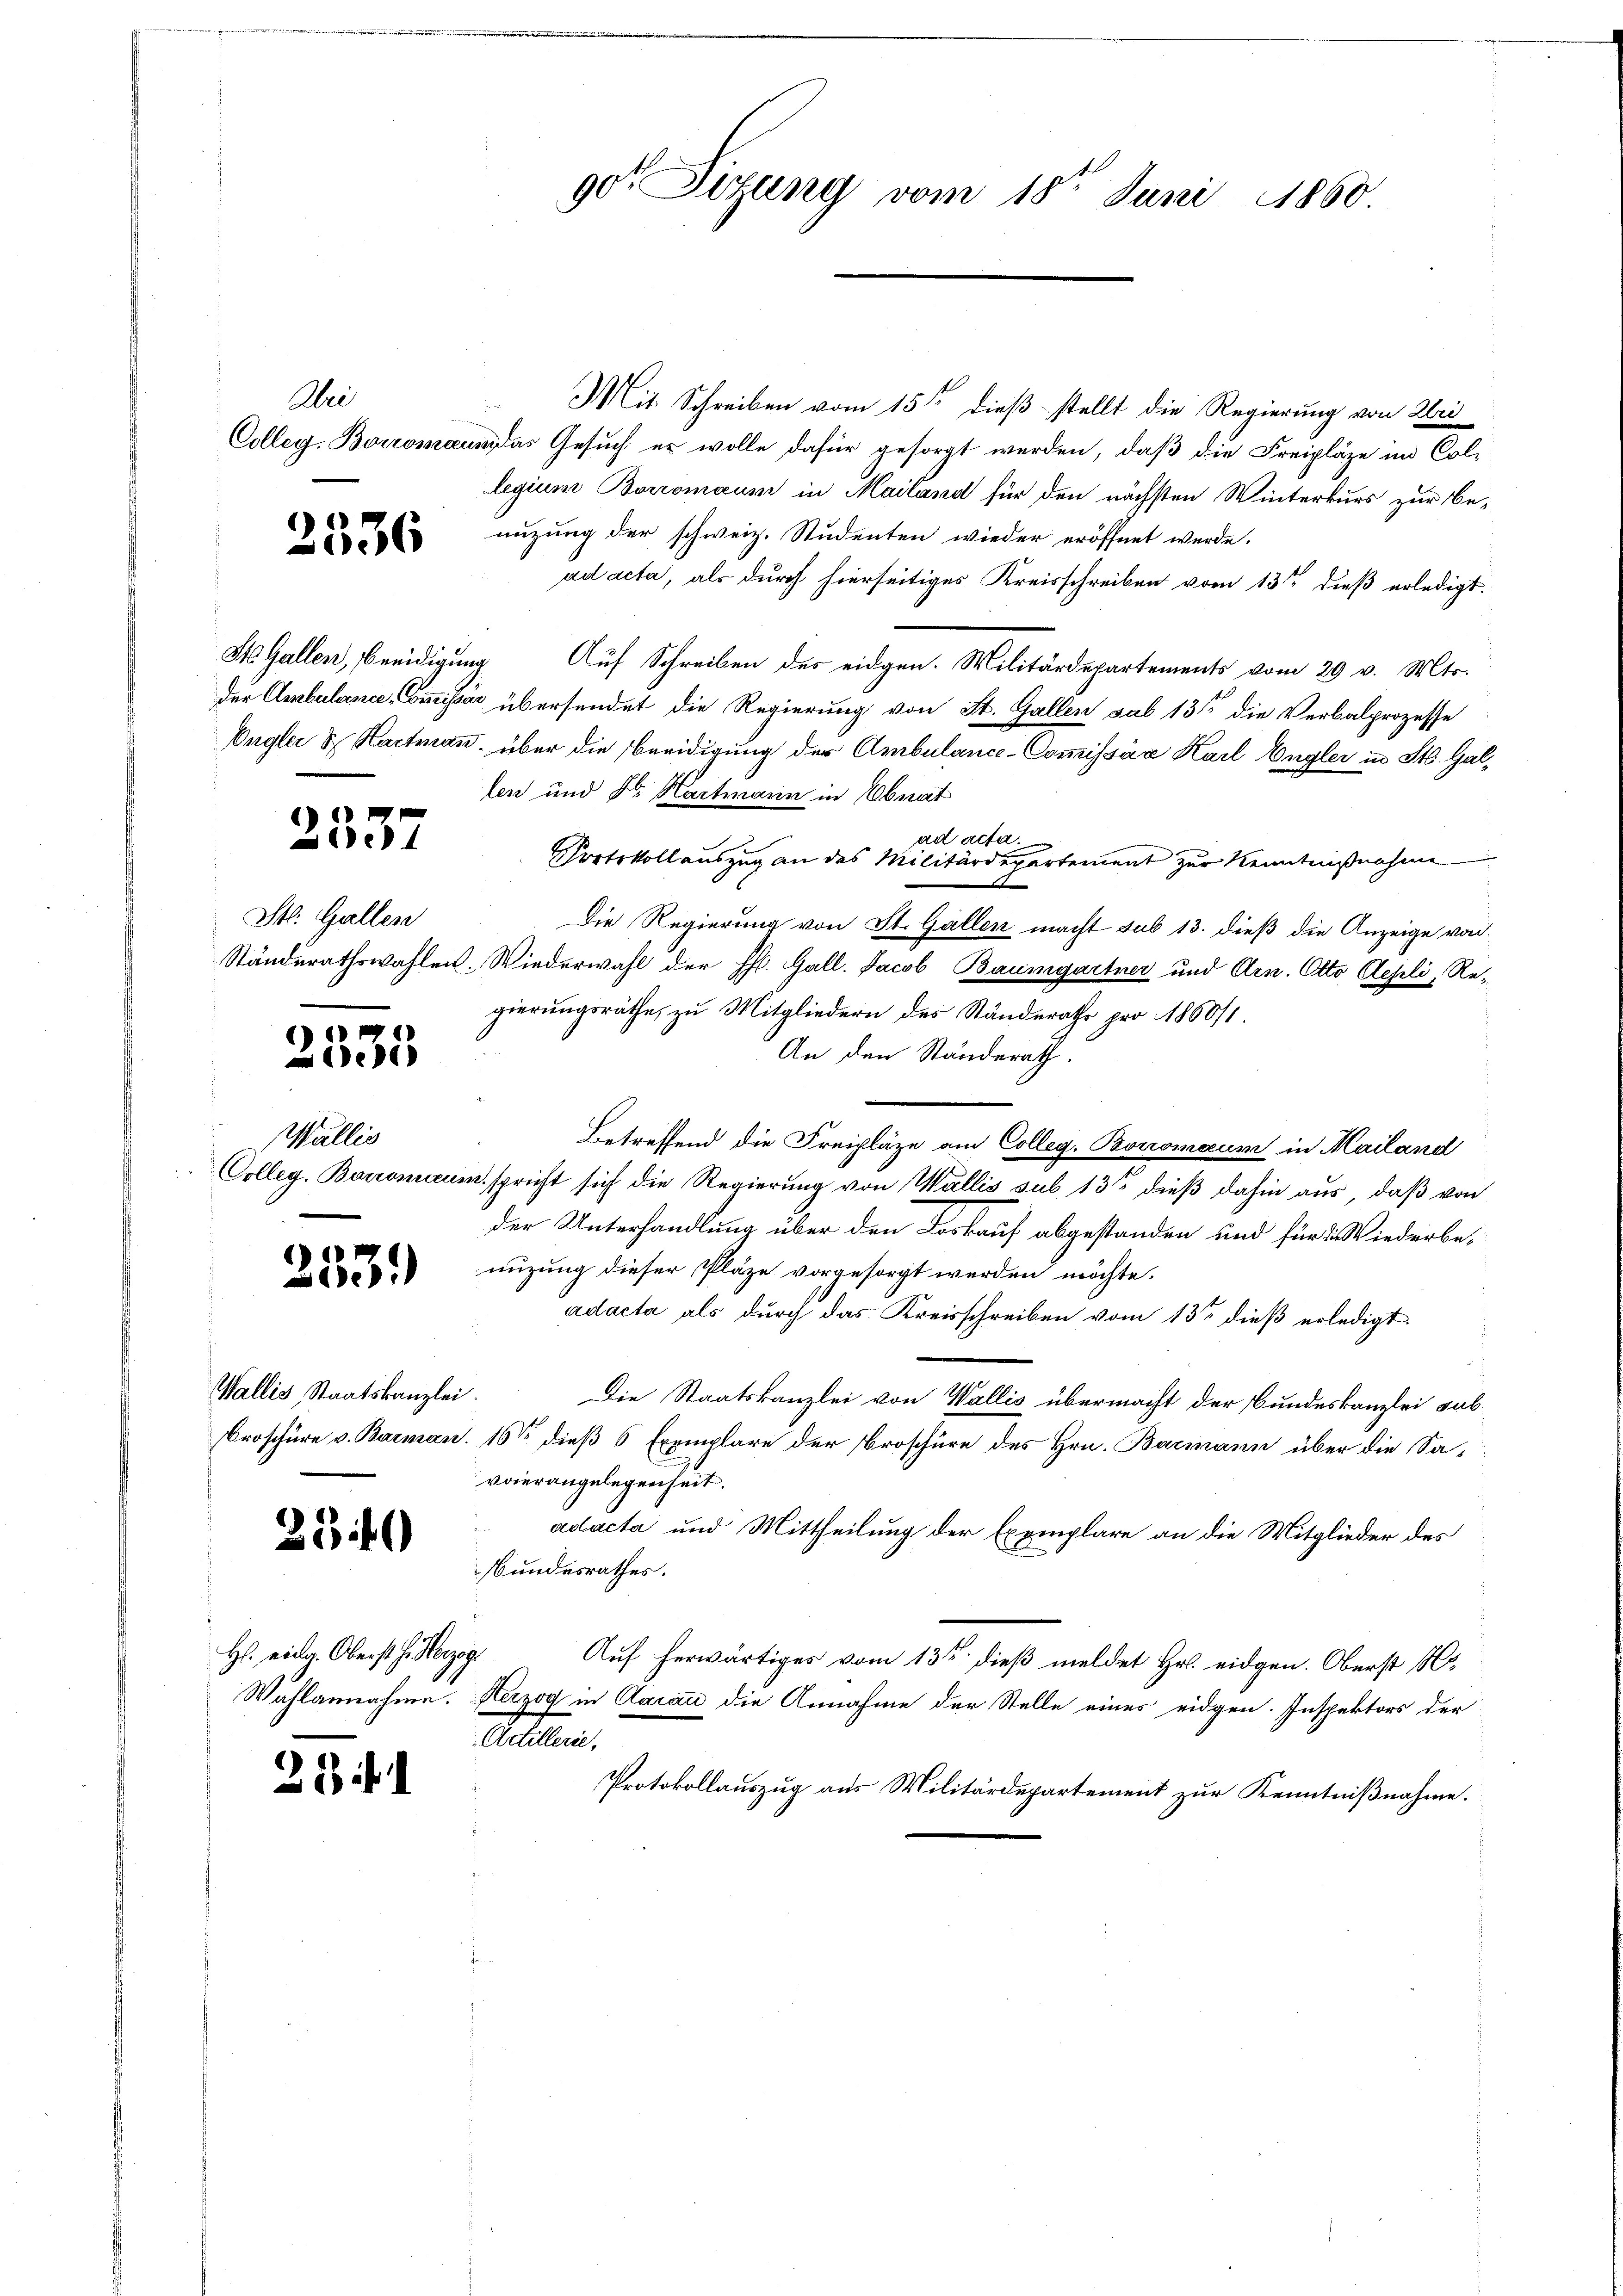
Wei

2536

2357

St. Gallen

2005

Wallis

1

Wallis, Staatskanzlei.

23)

H. eidg. Oberst H. Herzog

23 f.

Mit Schreiben vom 15ten dieß stellt die Regierung von Wei
Colleg. Borromann das Gesuch er wolle dafür gesorgt werden, daß die Freipläze im Collegium Borromaum in Mailand für den nächsten Winterkurs zur Benuzung der schweiz. Studenten wieder eröffnet werde.
ad acta, als durch hierseitiges Kreisschreiben vom 13ten dieß erledigt.
St. Gallen, Beeidigung Auf Schreiben der eidgen. Militärdepartements vom 29. v. Mts.
der Ambulance-Commissar übersendet die Regierung von St. Gallen sub 131 die Verbalprozesse
Engler & Hartman, über die Beeidigung der Ambulance-Commissär Karl Engler in St. Gallen und Dr. Hartmann in Ebnat
ad acta.
Protokollauszug an das Militärdepartement zur Kenntnißnahme
Die Regierung von St. Gallen macht sub 13. dieß die Anzeige von
Ständerathswahlen. Wiederwahl der Hs. Gall. Jacob Baumgartner und Arn. Otto Aesli, Regierungsräthe, zu Mitgliedern des Ständerathe pro 1850/1.
An den Ständerath.
Betreffend die Freipläze am Colleg. Boromaur in Mailand
Colleg. Barromaum, spricht sich die Regierung von Wallis sub 13t dieß dahin aus, daß von
der Unterhandlung über den Loskauf abgestanden und für 2. Wiederbe¬
 nüzung dieser Pläze vorgesorgt werden möchte.
adacta als durch das Kreisschreiben vom 13ten dieß erledigt.
Die Staatskanzlei von Wallis übermacht der Bundeskanzlei sub
Broschüre v. Barman. 16ten dieß 5 Exemplare der Broschüre des Hrn. Barmann über die Savierangelegenheit.
adacta und Mittheilung der Exemplare an die Mitglieder des
Bundesrathes.
Auf herwärtiges vom 13ten dieß meldet Hr. eidgen. Oberst Hr
Wahlannahme. Herzog in Aarau die Annahme der Stelle eines eidgen. Inspektors der
Achillerie,
Protokollauszug aus Militärdepartement zur Kenntnißnahme.

90r Sitzung vom 18ten Juni 1860